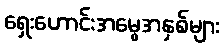
ရှေးဟောင်းအမွေအနှစ်များ